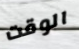
الوقت